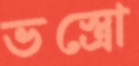
ভস্ত্রো